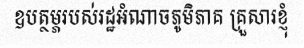
ឧបត្ថម្ភរបស់រដ្ឋអំណាចភូមិភាគ គ្រួសារខ្ញុំ